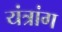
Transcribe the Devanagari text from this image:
यंत्रांग